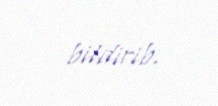
bildirib.